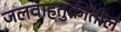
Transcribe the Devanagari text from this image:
जलवाहतुकीतील